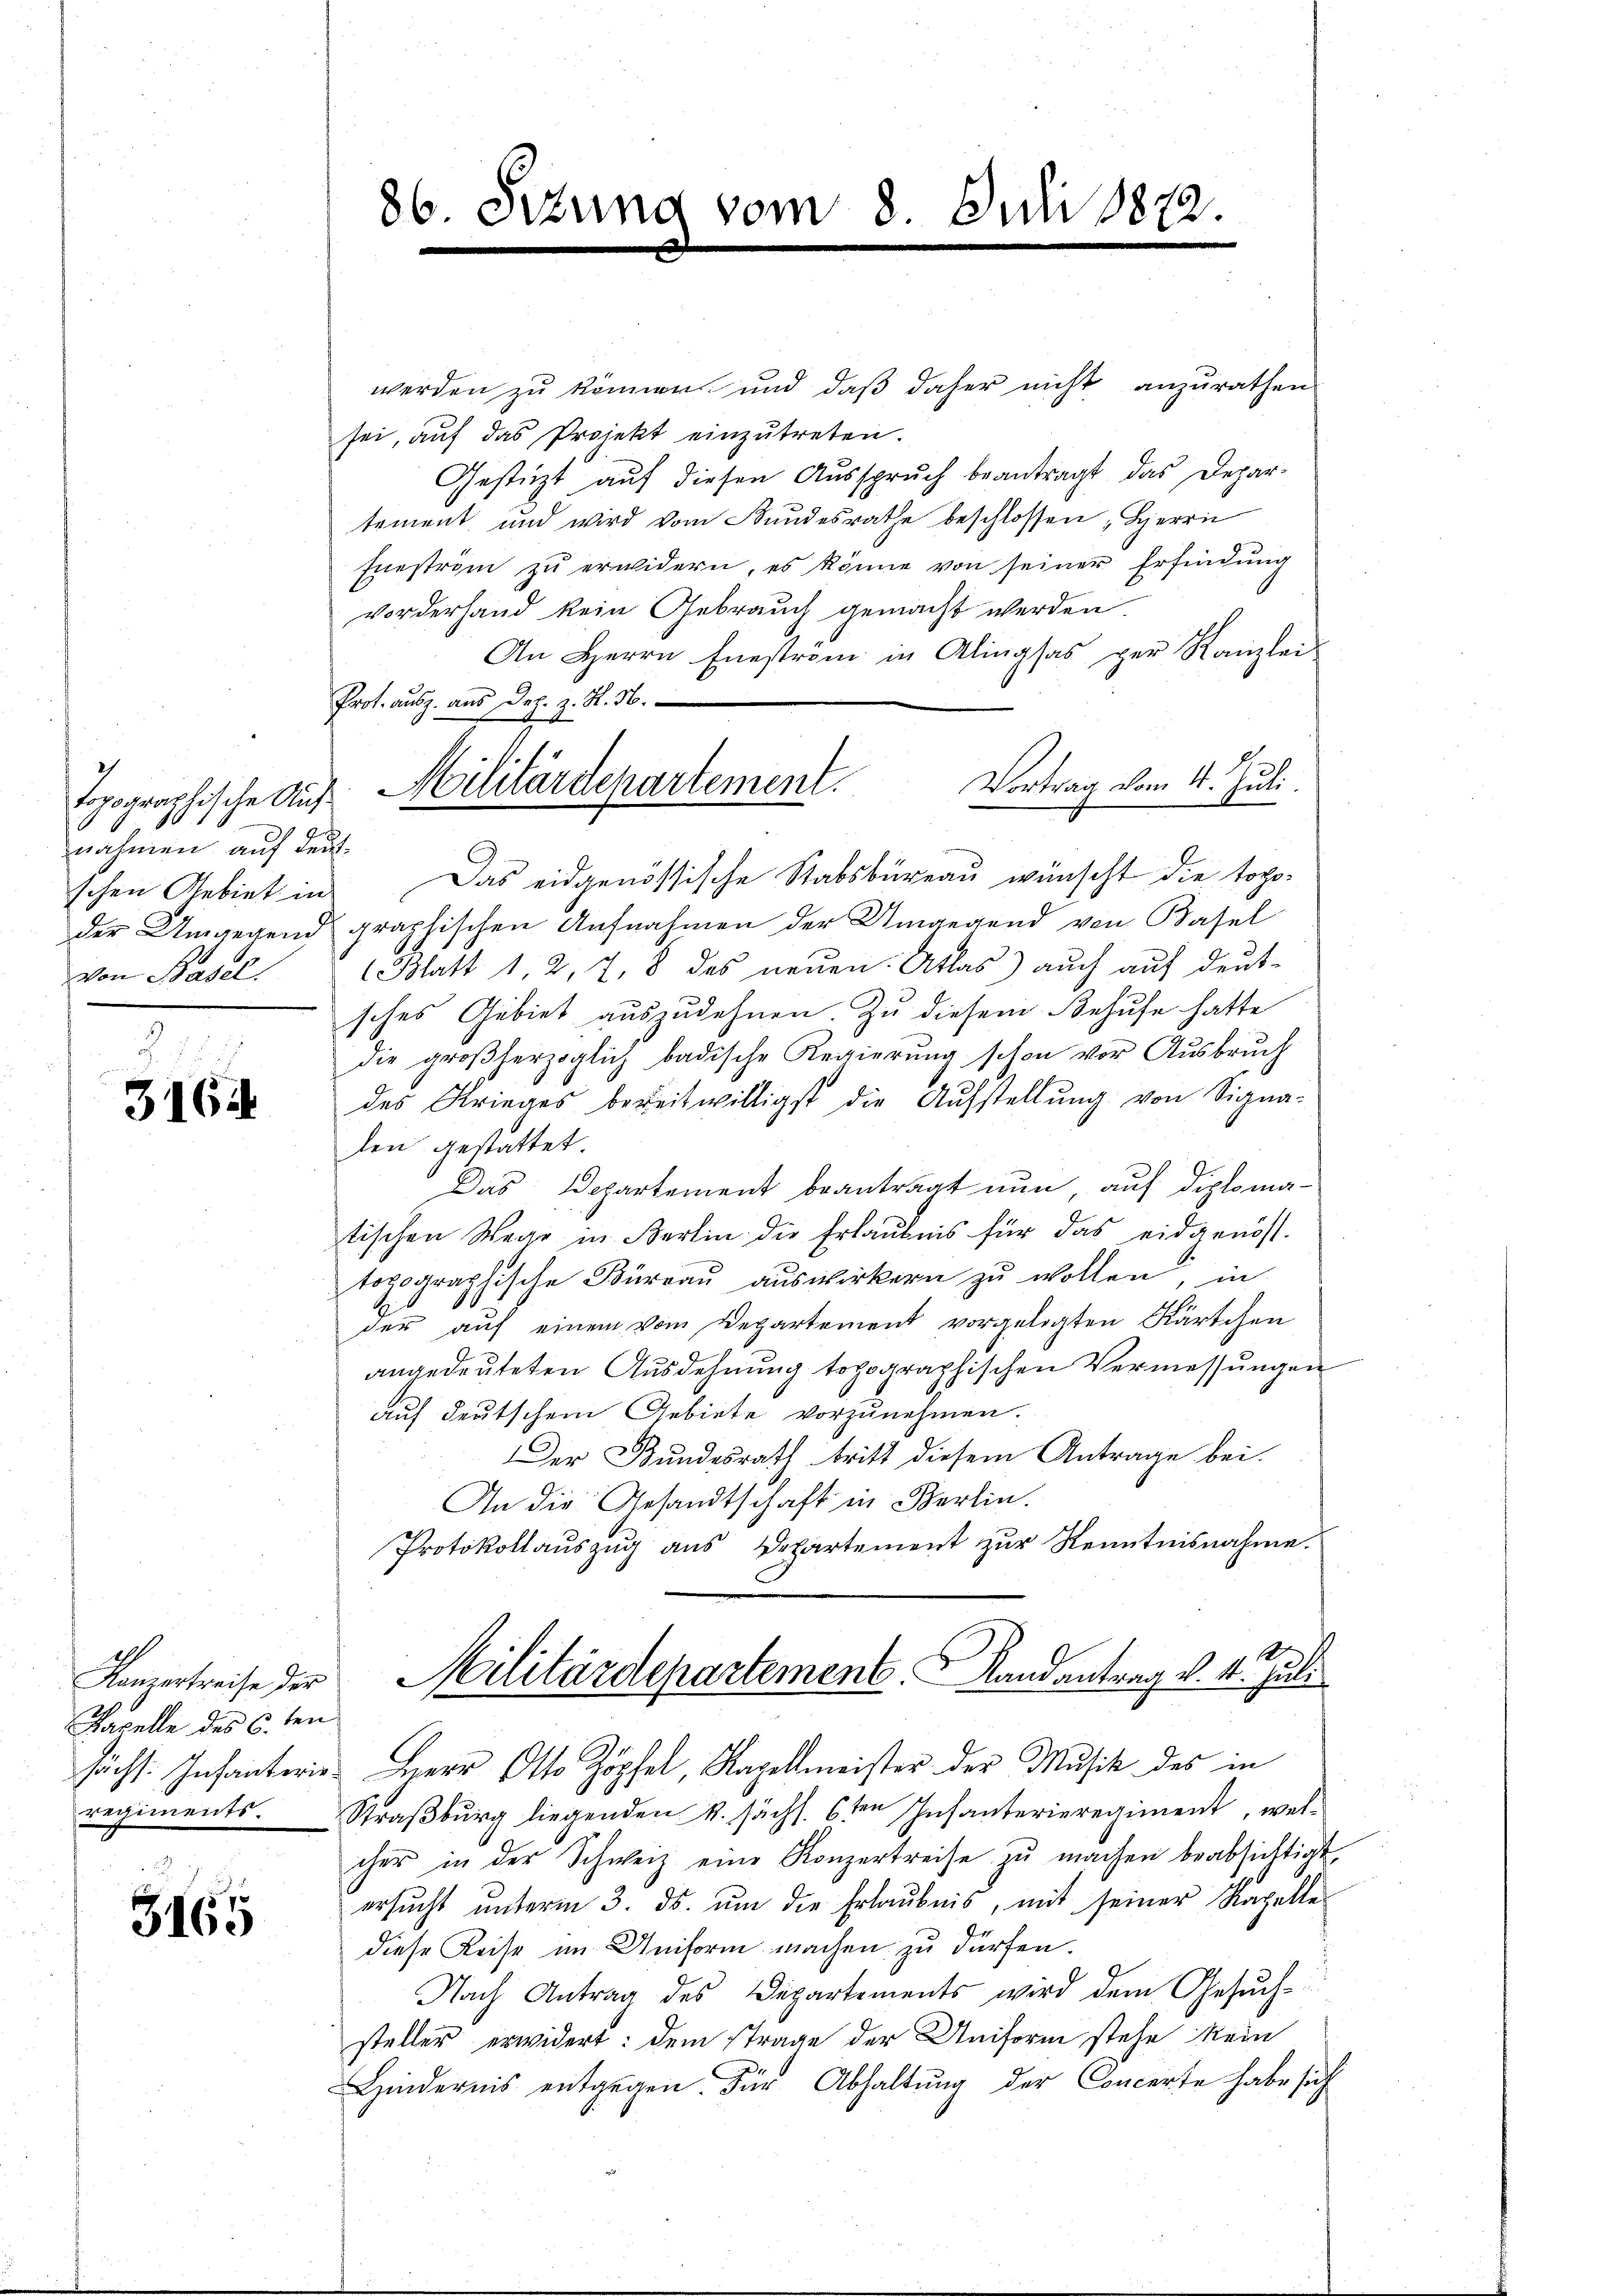
nahmen auf deutschen Gebiet in
von Basel.

316

Kapelle des 6.ten

3165

werden zu können und daß daher nicht anzurathen
sei, aŭf das Projekt einzŭtreten.
Gestützt auf diesen Ausspruch beantragt das Depar-
tement und wird vom Bundesrathe beschlossen, Herrn
fneström zu erwidern, es könne von seiner Erfindung
vorderhand kein Gebrauch gemacht werden.
An Herrn Eneström in Alingsas per Kanzlei-
Prot. ausz. aus Dr. z. S. 36.
u
Vortrag vom 4. Juli.
Das eidgenössische Stabsbureau wünscht die topoder Umgegend graphischen Aufnahmen der Umgegend von Basel
(Blatt 1, 2, 7. 8 des neuen Atlas) auch auf deut-
sches Gebiet auszudehnen. Zu diesem Behufe hatte
die großherzoglich badische Regierŭng schon vor Aŭsbrŭch
des Krieges bereitwilligst die Aufstellŭng von Signa-
len gestattet.
Das Departement beantragt nun, auf diplomatischen Wege in Berlin die Erlaubnis für das eidgenös-
topographische Büreau auswirkern zu wollen, in
der auf einem vom Departement vorgelegten Kärtchen
angedeŭteten Ausdehnung topographischen Vermessŭngen
auf deutschem Gebiete vorzunehmen.
Der Bundesrath tritt diesem Antrage bei.
In die Gesandtschaft in Berlin.
Protokollauszug aus Departement zur Kenntnisnahme.
Kanzertreise der Militärdepartement. Randantrag v. 4. Juli
hächs. Infanterie Herr Otto Zöpfel, Kapellmeister der Musik des in
regiments. Straβbŭrg liegenden k. sächs. 6ten Infanterieregiment, wel-
cher in der Schweiz eine Konzertreise zŭ machen beabsichtigt,
ersucht unterm 3. ds. um die Erlaubnis, mit seiner Kapelle
diese Reise im Uniform machen zu dürfen.
Nach Antrag des Departements wird dem Gesuchsteller erwidert: dem strage der Uniform stehe kein
Hindernis entgegen. Für Abhaltung der Concerte habe sich

86. Setzung vom 8. Juli 1872.

Depeschein Villaudepartement